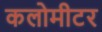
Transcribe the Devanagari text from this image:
कलोमीटर